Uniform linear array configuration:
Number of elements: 24
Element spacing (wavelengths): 0.25
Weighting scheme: uniform
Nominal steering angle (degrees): -45
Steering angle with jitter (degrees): -46.113
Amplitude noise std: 0.05
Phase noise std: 0.05

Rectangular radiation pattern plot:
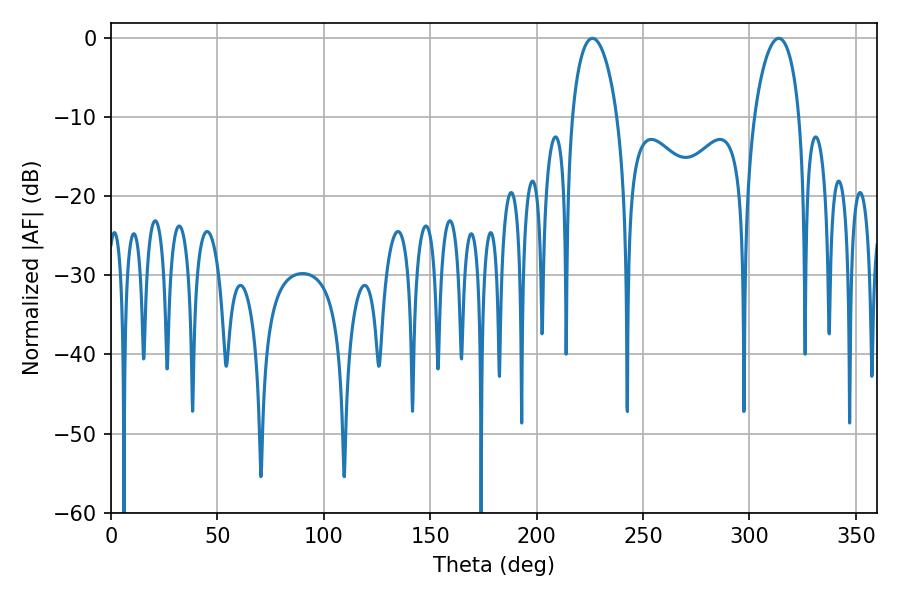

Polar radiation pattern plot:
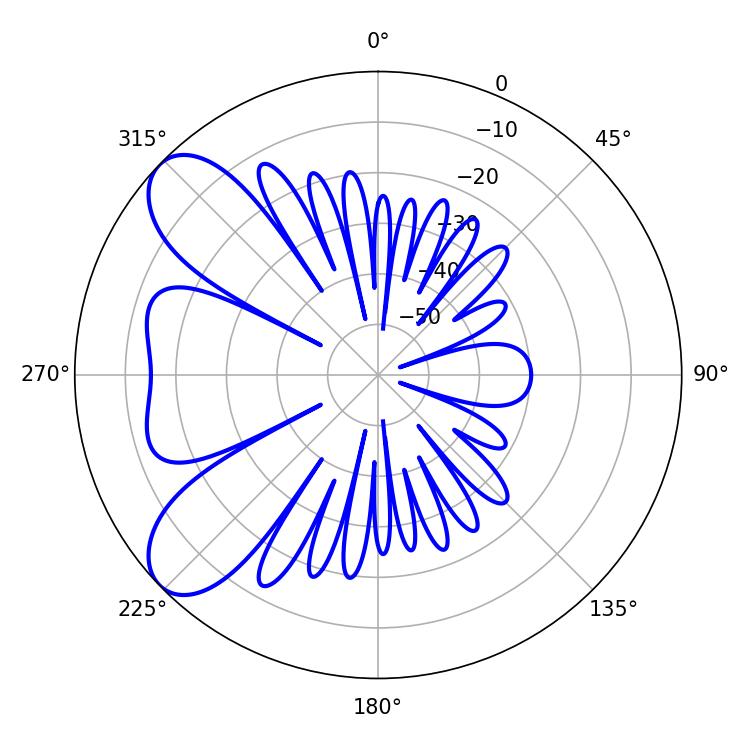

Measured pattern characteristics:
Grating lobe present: FALSE
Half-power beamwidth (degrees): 12.06
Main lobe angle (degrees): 313.74